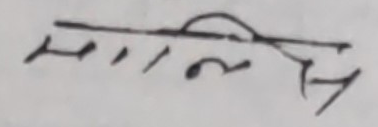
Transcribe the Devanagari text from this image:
मानिस